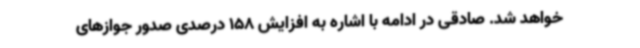
خواهد شد. صادقی در ادامه با اشاره به افزایش 158 درصدی صدور جوازهای